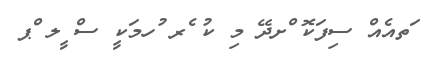
ަތއެއް ސިފަކޮ ްށދޭ މި ކު ެރ ުހމަކީ ސް ީލ ްޕ